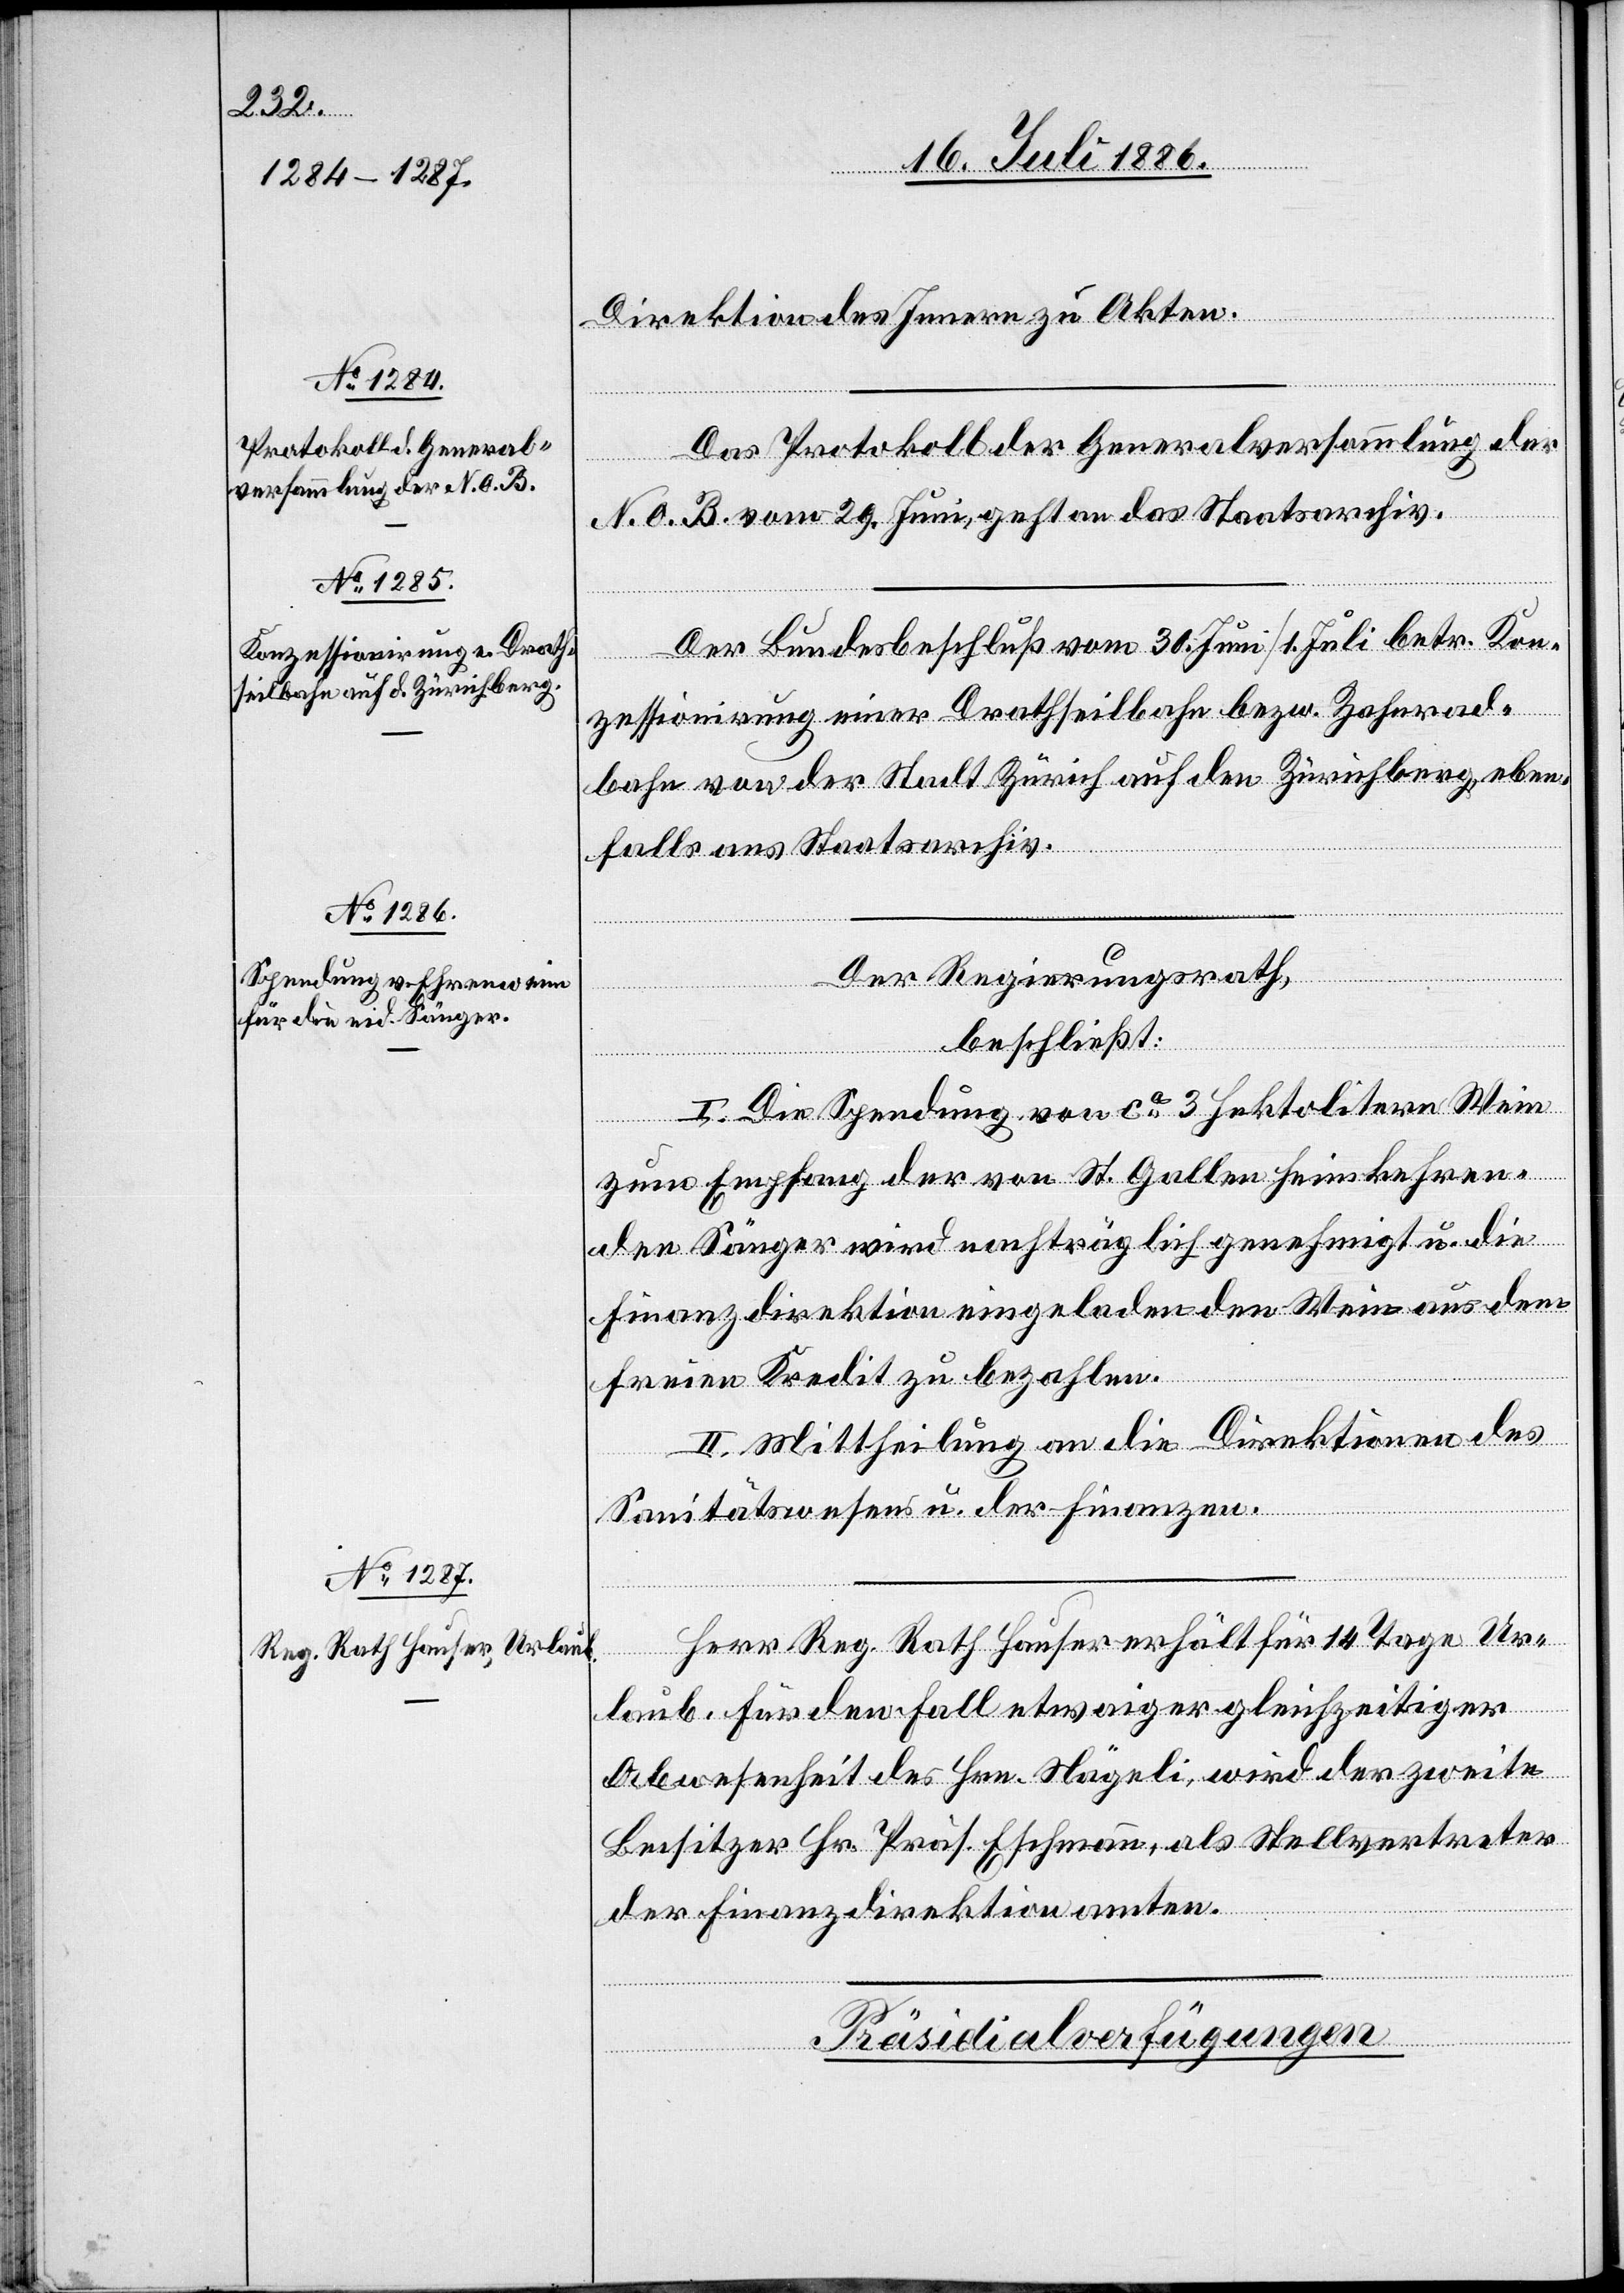
Hauser
Direktion des Innern zu Akten.
Das Protokoll der Generealversammlung der
N. O. B. vom 29. Juni, geht an das Staatsarchiv.
Der Bundesbeschluß vom 30. Juni/1. Juli betr. Kon¬
zessionirung einer Drathseilbahn bezw. Zahnrad¬
ahn von der Stadt Zürich auf den Zürichberg, eben¬
Tage Ur¬
falls an Staatsarchiv.
Der Regierungsrath,
beschließt:
I. Die Spendung von ca 3 Hektolitern Wein
zum Empfang der von St. Gallen heimkehren¬
den Sänger wir nachträglich genehmigt u. die
Finanzdirektion eingeladen den Wein aus dem
freien Kredit zu bezahlen.
II. Mittheilung an die Direktionen des
Sanitätswesens u. der Finanzen.
laub, Für den Fall etwaiger gleichzeitiger
Abwesenheit des Hrn. Nägeli, wird der zweite
Beisitzer Hr. Präs. Eschmann, als Stellvertreter
der Finanzdirektion amten.
Präsidialverfügungen.